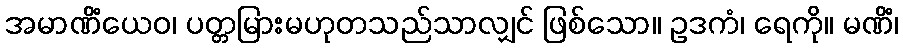
အမာဏိံယေဝ၊ ပတ္တမြားမဟုတသည်သာလျှင် ဖြစ်သော။ ဥဒကံ၊ ရေကို။ မဏိံ၊